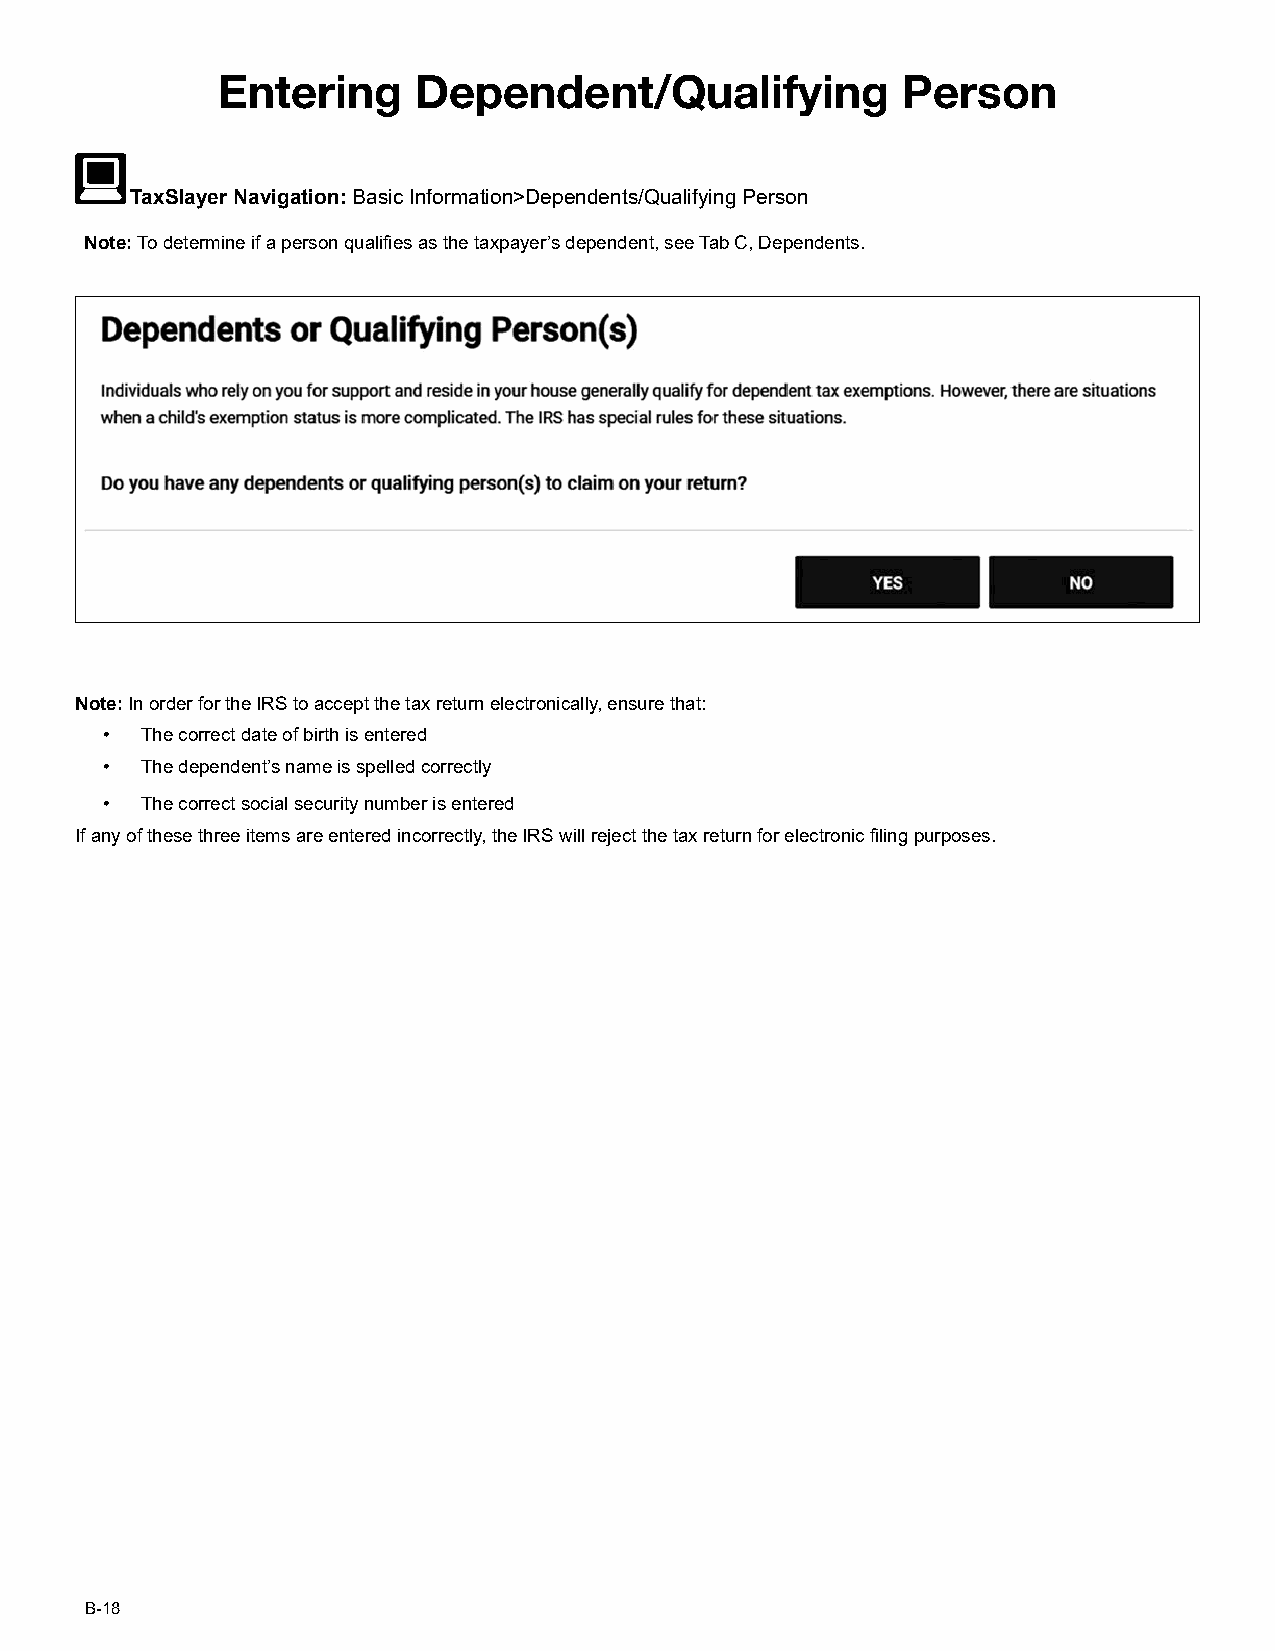
Entering     Dependent/Qualifying             Person
 TaxSlayer Navigation: Basic Information>Dependents/Qualifying Person
 Note: To determine if a person qualifies as the taxpayer’s dependent, see Tab C, Dependents.
 Note: In order for the IRS to accept the tax return electronically, ensure that:
 • The correct date of birth is entered
 • The dependent’s name is spelled correctly
 • The correct social security number is entered
 If any of these three items are entered incorrectly, the IRS will reject the tax return for electronic filing purposes.
 B-18